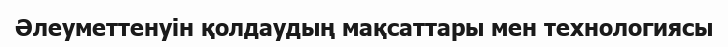
Әлеуметтенуін қолдаудың мақсаттары мен технологиясы